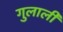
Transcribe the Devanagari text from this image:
गुलाली